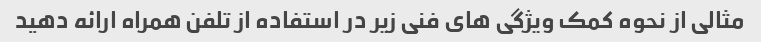
مثالی از نحوه کمک ویژگی های فنی زیر در استفاده از تلفن همراه ارائه دهید